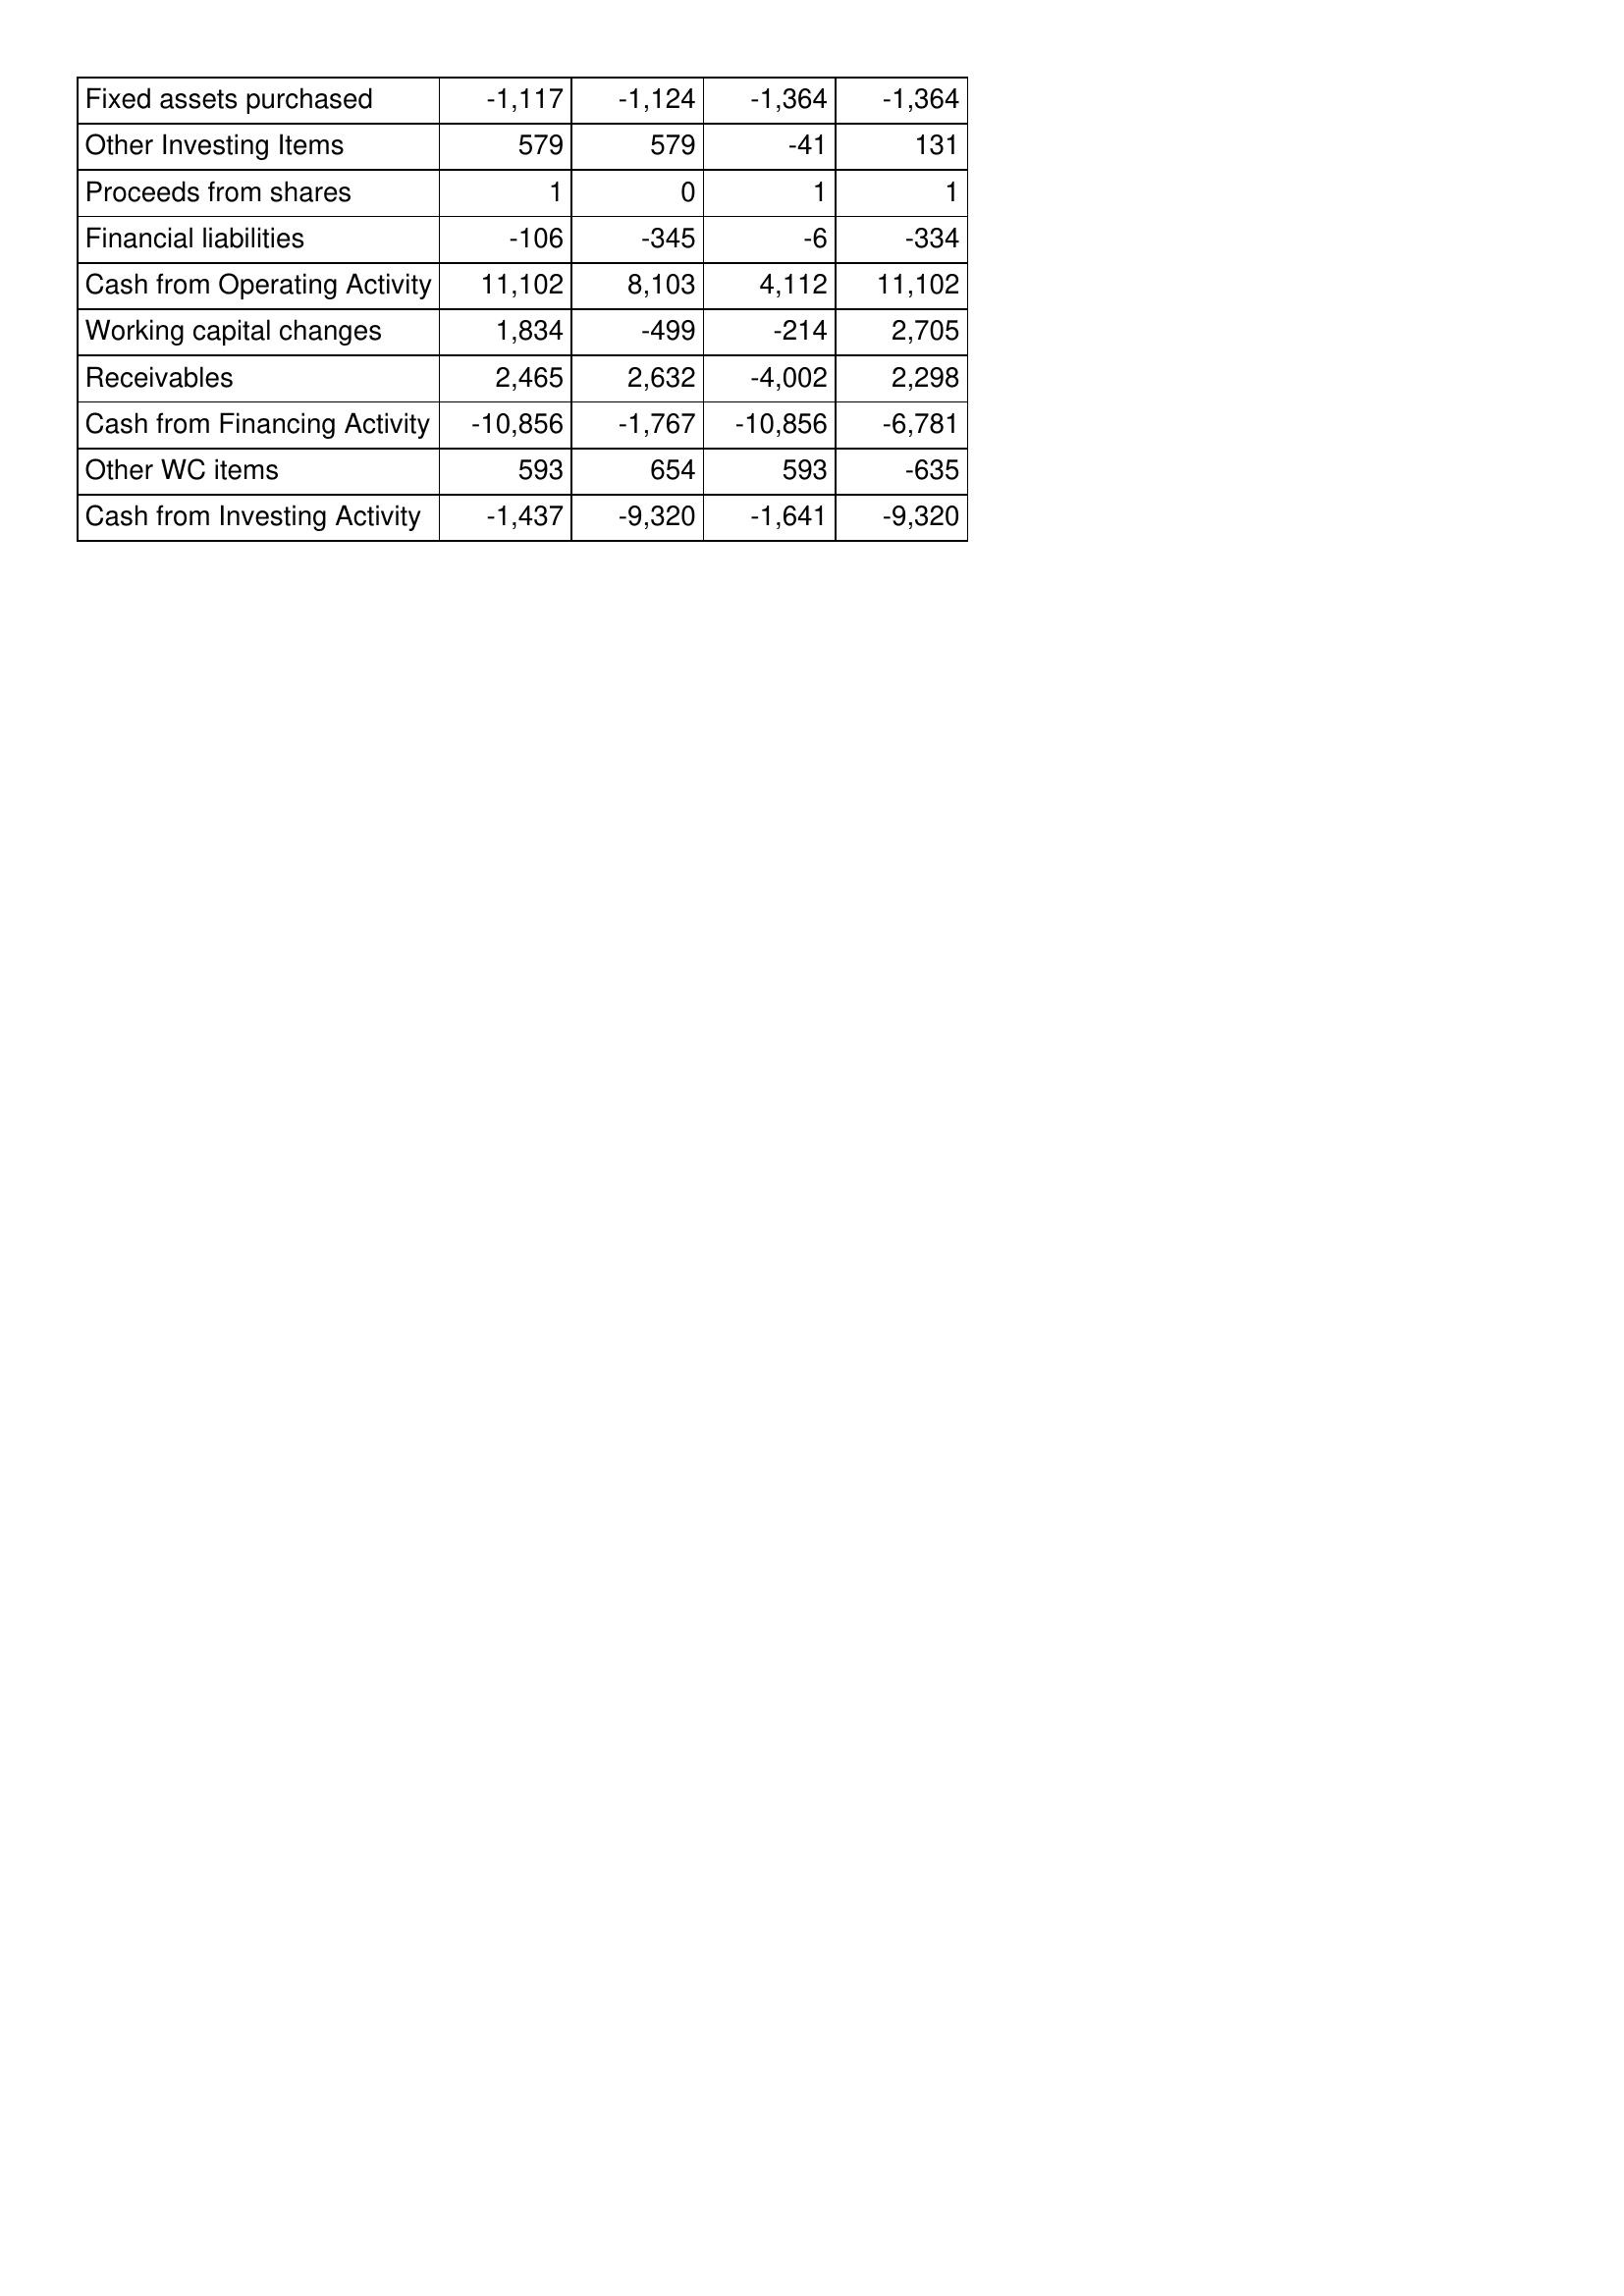
Jan-16: Cash Flows: Fixed assets purchased: -1,117
Other Investing Items: 579
Proceeds from shares: 1
Financial liabilities: -106
Cash from Operating Activity: 11,102
Working capital changes: 1,834
Receivables: 2,465
Cash from Financing Activity: -10,856
Other WC items: 593
Cash from Investing Activity: -1,437
Jan-17: Cash Flows: Fixed assets purchased: -1,124
Other Investing Items: 579
Proceeds from shares: 0
Financial liabilities: -345
Cash from Operating Activity: 8,103
Working capital changes: -499
Receivables: 2,632
Cash from Financing Activity: -1,767
Other WC items: 654
Cash from Investing Activity: -9,320
Jan-18: Cash Flows: Fixed assets purchased: -1,364
Other Investing Items: -41
Proceeds from shares: 1
Financial liabilities: -6
Cash from Operating Activity: 4,112
Working capital changes: -214
Receivables: -4,002
Cash from Financing Activity: -10,856
Other WC items: 593
Cash from Investing Activity: -1,641
Jan-19: Cash Flows: Fixed assets purchased: -1,364
Other Investing Items: 131
Proceeds from shares: 1
Financial liabilities: -334
Cash from Operating Activity: 11,102
Working capital changes: 2,705
Receivables: 2,298
Cash from Financing Activity: -6,781
Other WC items: -635
Cash from Investing Activity: -9,320